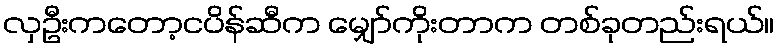
လှဦးကတော့ငပိန်ဆီက မျှော်ကိုးတာက တစ်ခုတည်းရယ်။